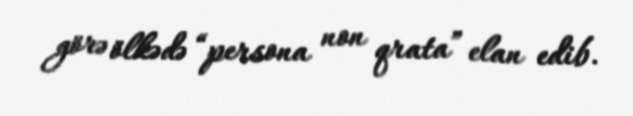
görə ölkədə “persona non qrata” elan edib.